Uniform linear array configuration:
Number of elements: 12
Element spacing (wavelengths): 1
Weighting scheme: hann
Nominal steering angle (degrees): -60
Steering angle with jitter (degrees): -59.86
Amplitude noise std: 0.05
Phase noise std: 0.05

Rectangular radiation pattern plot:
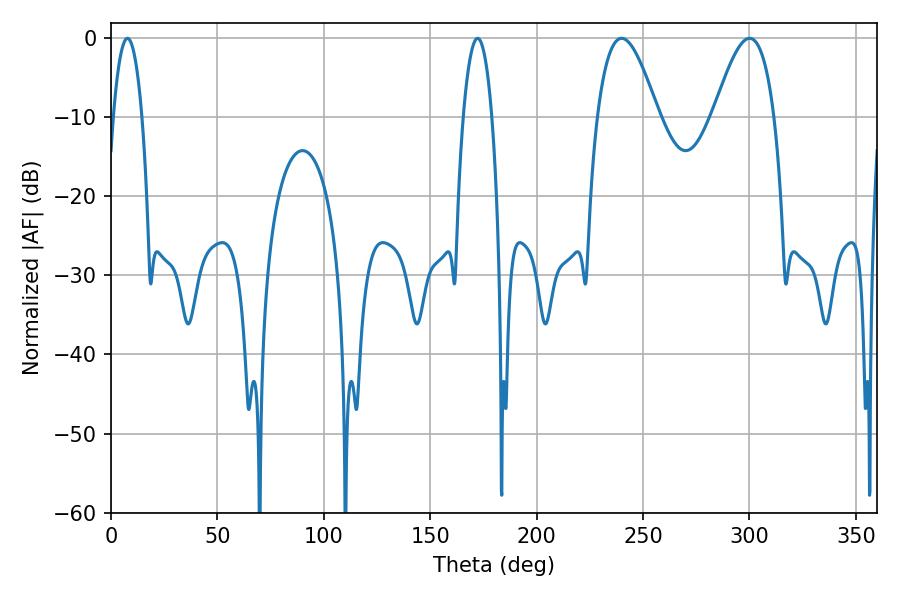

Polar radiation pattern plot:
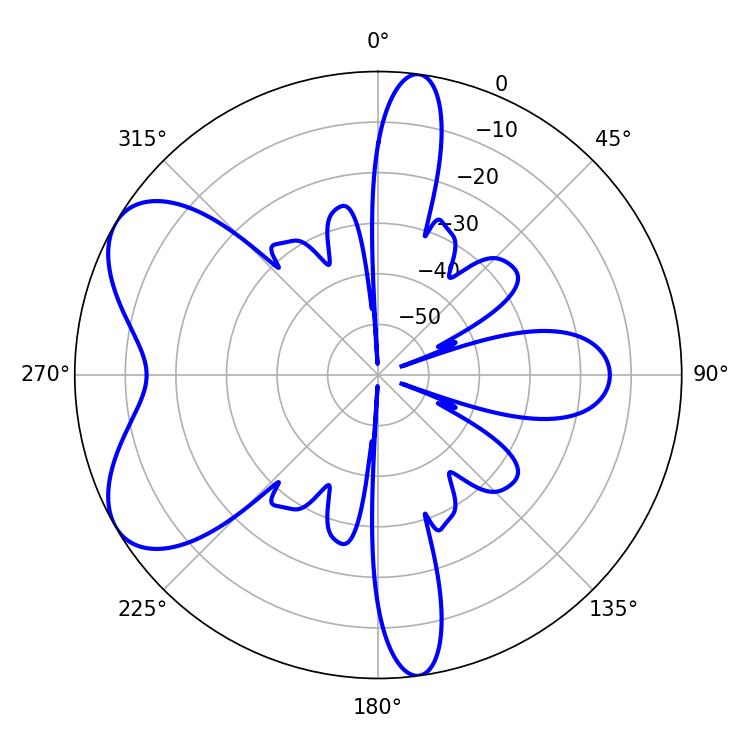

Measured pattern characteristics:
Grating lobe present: TRUE
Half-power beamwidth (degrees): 7.56
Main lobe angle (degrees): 7.74